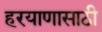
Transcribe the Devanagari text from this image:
हरयाणासाठी